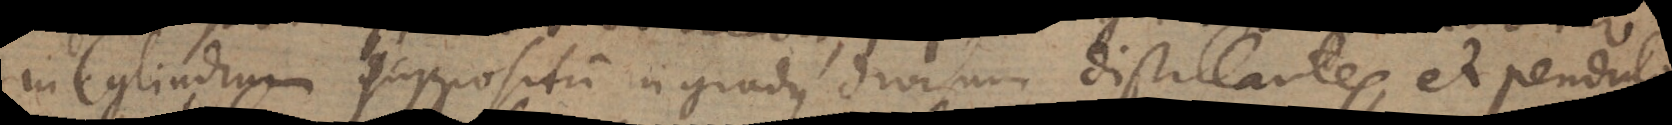
in Cylindrum suppositum in gradus divisum distillantes, et pendulo